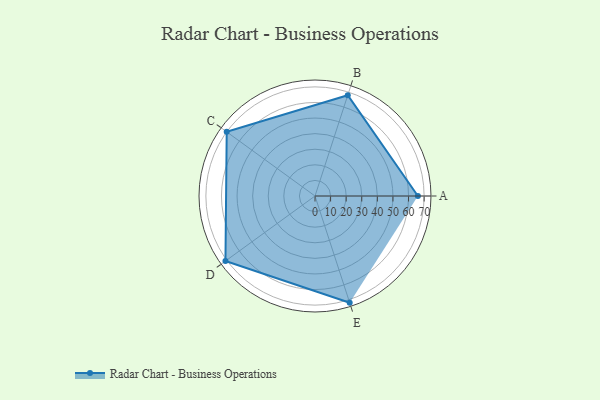
{"axis": {"x": "Skill", "y": "Score"}, "legend": ["Profile"], "data": [{"x": "A", "y": 66.0, "type": "Profile"}, {"x": "B", "y": 68.0, "type": "Profile"}, {"x": "C", "y": 70.0, "type": "Profile"}, {"x": "D", "y": 71.0, "type": "Profile"}, {"x": "E", "y": 72.0, "type": "Profile"}]}